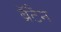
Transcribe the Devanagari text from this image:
ब्रॅटैन